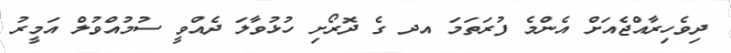
ދިވެހިރާއްޖެއަށް އެންމެ ފުރަތަމަ އދ ގެ ދޮރޯށި ހުޅުވާލަ ދެއްވީ ސުމުއްވުލް އަމީރު